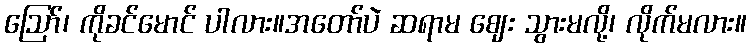
ဪ၊ ကိုခင်မောင် ပါလား။အတော်ပဲ ဆရာမ ဈေး သွားမလို့၊ လိုက်မလား။